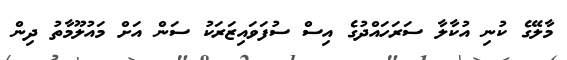
މާލޭގެ ކުނި އުކާލާ ސަރަހައްދުގެ އިސް ސުފަވައިޒަރަކު ސަން އަށް މައުލޫމާތު ދިން